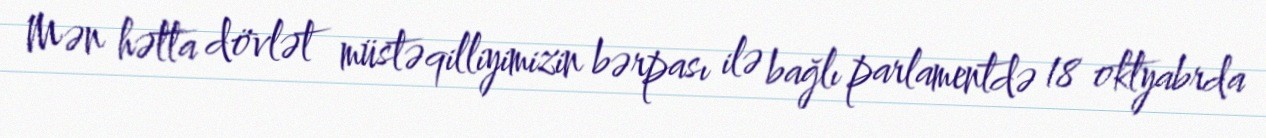
Mən hətta dövlət müstəqilliyimizin bərpası ilə bağlı parlamentdə 18 oktyabrda